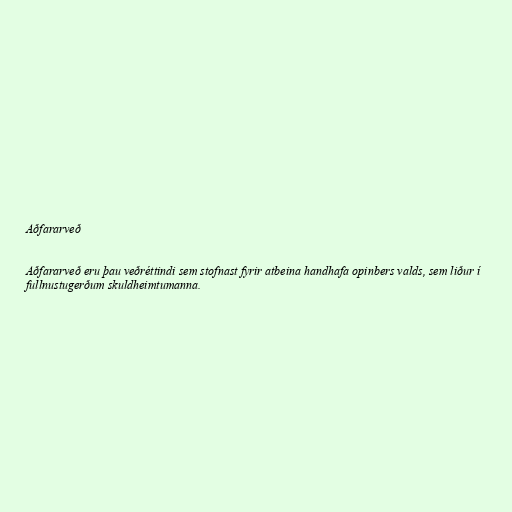
Aðfararveð

Aðfararveð eru þau veðréttindi sem stofnast fyrir atbeina handhafa opinbers valds, sem liður í
fullnustugerðum skuldheimtumanna.